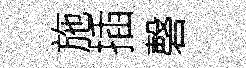
施插磬